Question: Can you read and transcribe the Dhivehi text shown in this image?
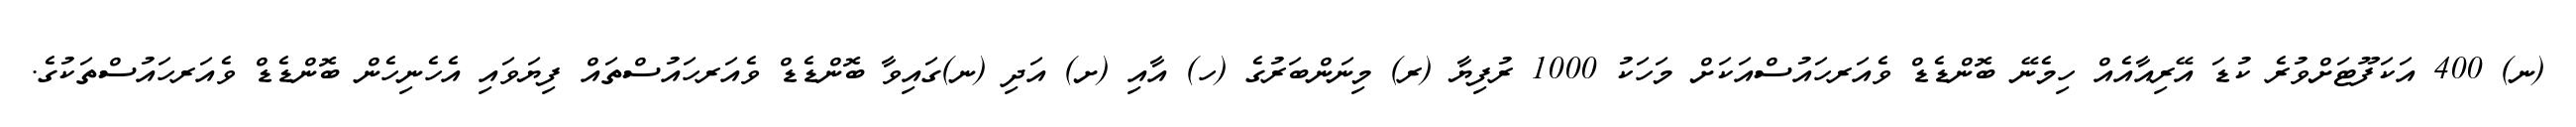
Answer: (ނ) 400 އަކަފޫޓަށްވުރެ ކުޑަ އޭރިއާއެއް ހިމެނޭ ބޮންޑެޑް ވެއަރހައުސްއަކަށް މަހަކު 1000 ރުފިޔާ (ރ) މިނަންބަރުގެ (ހ) އާއި (ށ) އަދި (ނ)ގައިވާ ބޮންޑެޑް ވެއަރހައުސްތައް ފިޔަވައި އެހެނިހެން ބޮންޑެޑް ވެއަރހައުސްތަކުގެ.